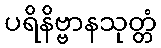
ပရိနိဗ္ဗာနသုတ္တံ